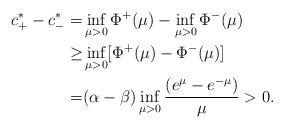
LaTeX: \begin{align*}c^*_+-c^*_-=&\inf\limits_{\mu>0}\Phi^+(\mu)-\inf\limits_{\mu>0}\Phi^-(\mu)\\\geq&\inf\limits_{\mu>0}[\Phi^+(\mu)-\Phi^-(\mu)]\\=&(\alpha-\beta)\inf\limits_{\mu>0}\frac{(e^{\mu}-e^{-\mu})}{\mu}>0.\end{align*}